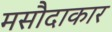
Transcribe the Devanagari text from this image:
मसौदाकार